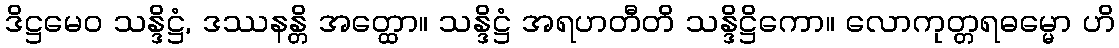
ဒိဋ္ဌမေဝ သန္ဒိဋ္ဌံ, ဒဿနန္တိ အတ္ထော။ သန္ဒိဋ္ဌံ အရဟတီတိ သန္ဒိဋ္ဌိကော။ လောကုတ္တရဓမ္မော ဟိ